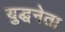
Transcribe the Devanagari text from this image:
युद्धनेता